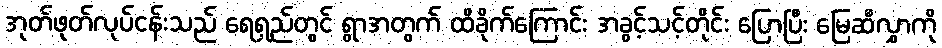
အုတ်ဖုတ်လုပ်ငန်းသည် ရေရှည်တွင် ရွာအတွက် ထိခိုက်ကြောင်း အခွင့်သင့်တိုင်း ပြောပြီး မြေဆီလွှာကို